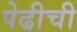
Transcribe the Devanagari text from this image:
पेढीची